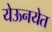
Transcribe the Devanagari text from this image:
येऊनयेत